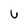
Character: U